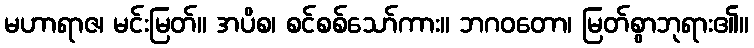
မဟာရာဇ၊ မင်းမြတ်။ အပိစ၊ စင်စစ်သော်ကား။ ဘဂဝတော၊ မြတ်စွာဘုရား၏။